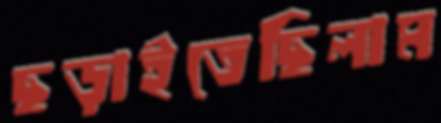
ছড়াইতেছিলাম